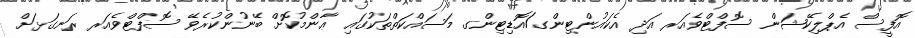
އޮފީސް އެޕްލިކޭޝަން ސޮފްޓްވެއަރ އަދި އެކައުންޓިންގ/އޮޑިޓިންގ މަސައްކަތްތަކުގައި ޢާންމުކޮށް ބޭނުންކުރެވޭ ސޮފްޓްވެއަރ ރަނގަޅަށް